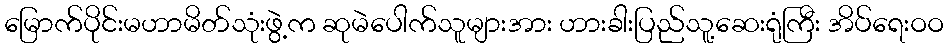
မြောက်ပိုင်းမဟာမိတ်သုံးဖွဲ့က ဆုမဲပေါက်သူများအား ဟားခါးပြည်သူ့ဆေးရုံကြီး အိပ်ရေးဝဝ